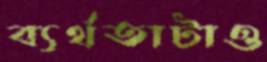
ব্যর্থতাটাও